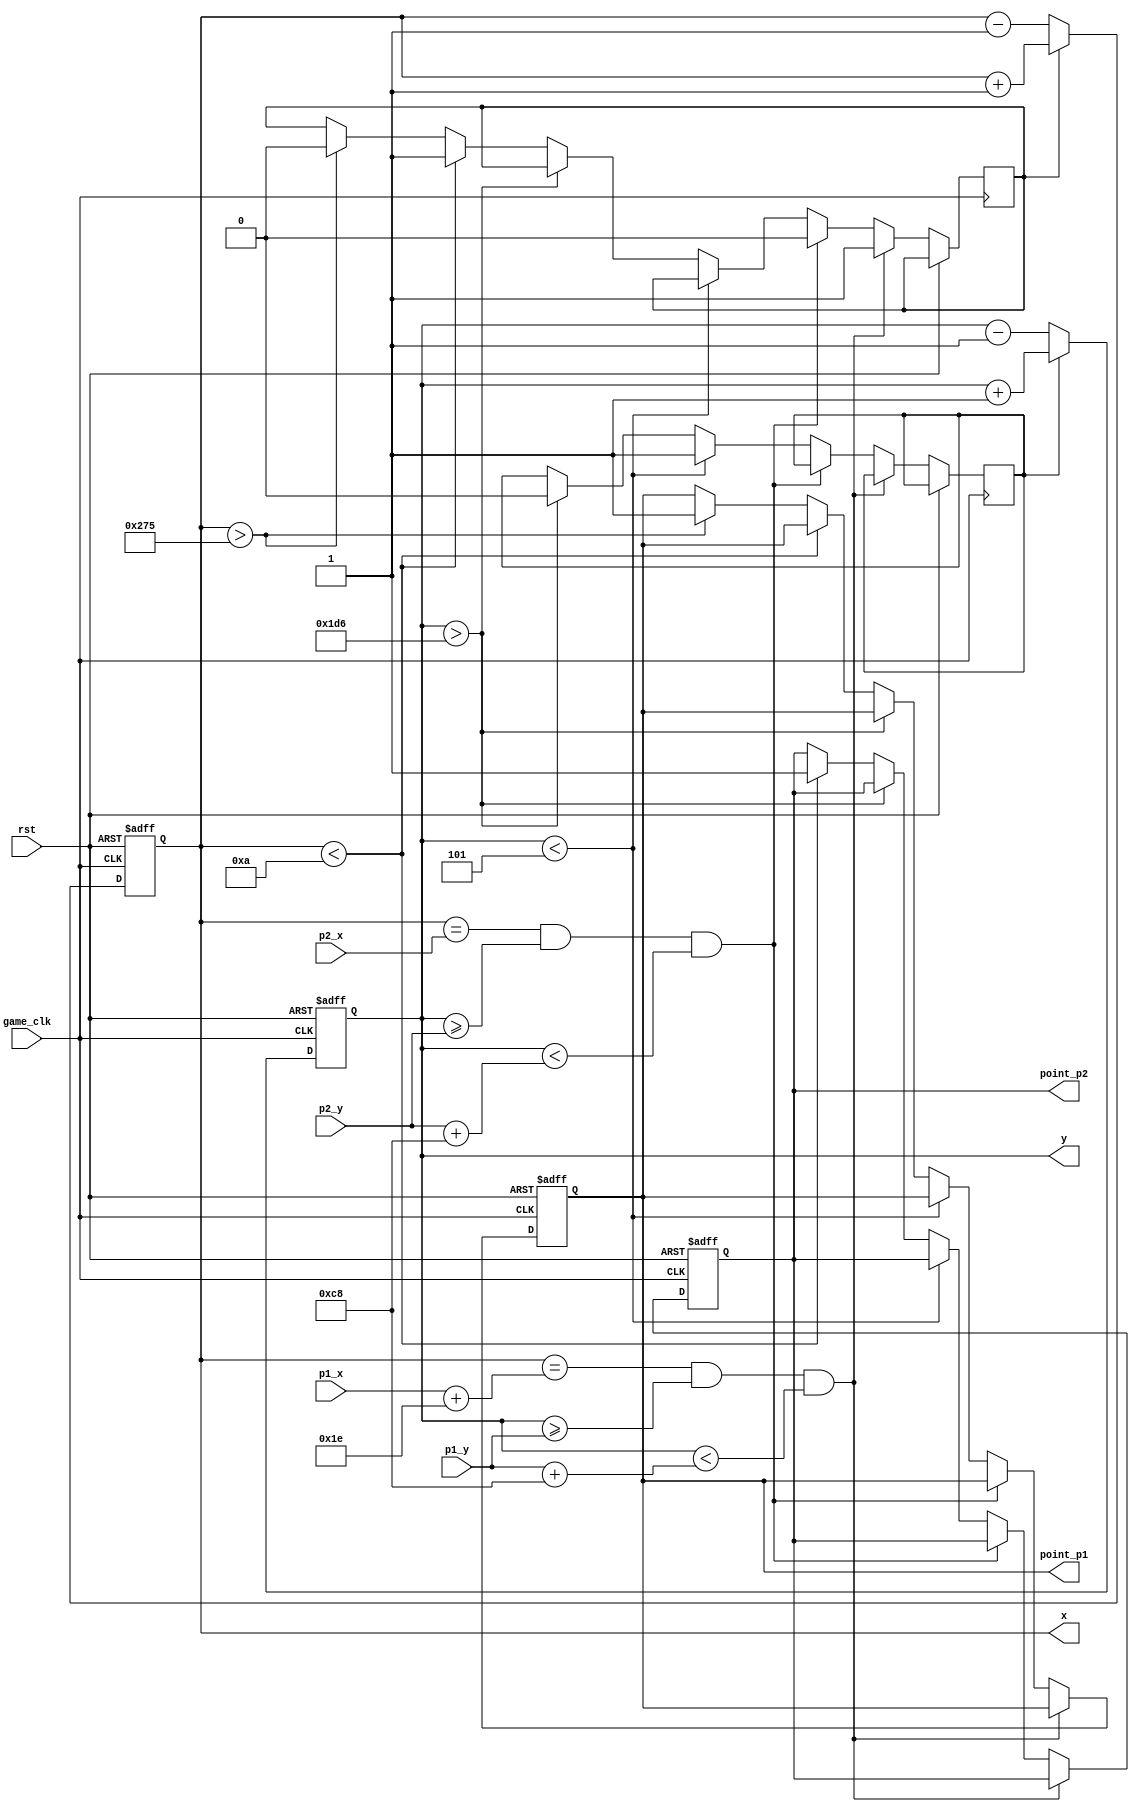
`timescale 1ns / 1ps
//////////////////////////////////////////////////////////////////////////////////
// Company: 
// Engineer: 
// 
// Design Name: 
// Module Name:    ball 
// Project Name: 
// Target Devices: 
// Tool versions: 
// Description: 
//
// Dependencies: 
//
// Revision: 
// Revision 0.01 - File Created
// Additional Comments: 
//
//////////////////////////////////////////////////////////////////////////////////
module ball#(
		parameter POS_X = 310,
		parameter POS_Y = 265
	)(
		input game_clk,
		input [9:0] p1_x,
		input [9:0] p1_y,
		input [9:0] p2_x,
		input [9:0] p2_y,
		input rst,
		output reg [9:0] x,
		output reg [9:0] y,
		output reg point_p1,
		output reg point_p2
    );
	 reg adder_x = 1;
	 reg adder_y = 1;
	 
	 always @ (posedge game_clk, posedge rst) begin
		if (rst) begin
			y <= POS_Y;
			x <= POS_X;
			point_p1 <= 0;
			point_p2 <= 0;
		end
		else begin
			if (x == (p1_x + 30) & y >= p1_y & y < (p1_y + 200)) begin
				adder_x <= 1;
			end
			else if (x == p2_x & y >= p2_y & y < (p2_y + 200)) begin
				adder_x <= 0;
			end
			else if(y < 5) begin
				adder_y <= 1;
			end
			else if(y > 470) begin
				adder_y <= 0;
			end
			else if (x < 10) begin
				adder_x <= 1;
				point_p2 <= 1;
			end
			else if (x > 629) begin
				adder_x <= 0;
				point_p1 <= 1;
			end
			
			x <= adder_x ? x + 1 : x - 1;
			y <= adder_y ? y + 1 : y - 1;
		end
	 end
	
endmodule